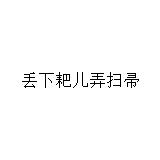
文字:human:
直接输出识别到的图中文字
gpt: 丢下耙儿弄扫帚